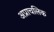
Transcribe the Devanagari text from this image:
अप्राचलिक